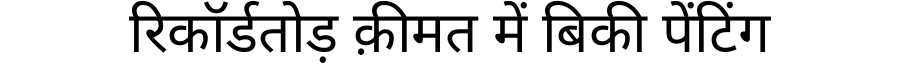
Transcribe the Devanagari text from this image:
रिकॉर्डतोड़ क़ीमत में बिकी पेंटिंग